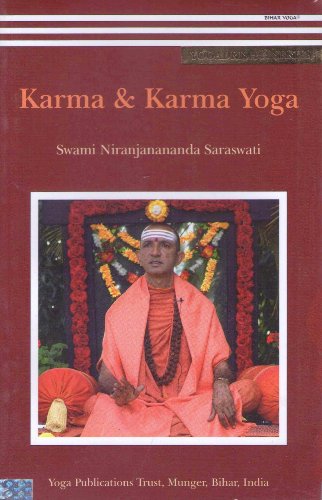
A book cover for Karma & Karma Yoga; Swami Niranjanananda Saraswati; Religion & Spirituality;